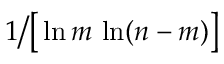
1 { \big / } { \big [ } \ln m \, \ln ( n - m ) { \big ] }